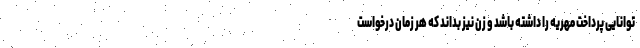
توانایی پرداخت مهریه را داشته باشد و زن نیز بداند که هر زمان درخواست